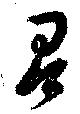
有